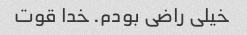
خیلی راضی بودم. خدا قوت